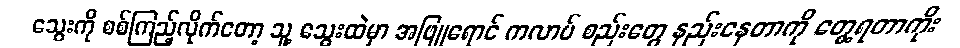
သွေးကို စစ်ကြည့်လိုက်တော့ သူ့ သွေးထဲမှာ အဖြူရောင် ကလာပ် စည်းတွေ နည်းနေတာကို တွေ့ရတာကိုး